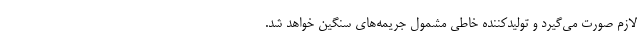
لازم صورت می‌گیرد و تولیدکننده خاطی مشمول جریمه‌های سنگین خواهد شد.